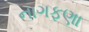
નાગફણા